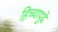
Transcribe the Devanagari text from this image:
हिच्यापुढे